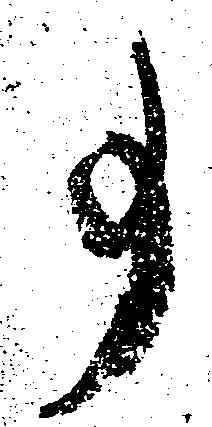
事